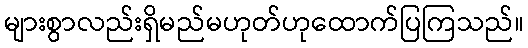
များစွာလည်းရှိမည်မဟုတ်ဟုထောက်ပြကြသည်။